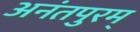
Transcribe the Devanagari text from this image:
अनंतपुरम्